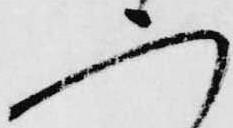
二